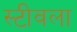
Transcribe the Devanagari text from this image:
स्टीवला